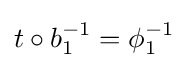
t\circ b_{1}^{-1}=\phi _{1}^{-1}